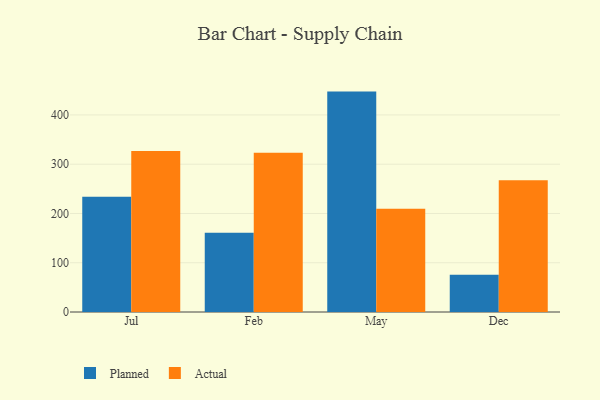
{"axis": {"x": "Month", "y": "Headcount"}, "legend": ["Actual", "Planned"], "data": [{"x": "Jul", "y": 234.2, "type": "Planned"}, {"x": "Jul", "y": 326.8, "type": "Actual"}, {"x": "Feb", "y": 161.0, "type": "Planned"}, {"x": "Feb", "y": 323.5, "type": "Actual"}, {"x": "May", "y": 447.4, "type": "Planned"}, {"x": "May", "y": 209.6, "type": "Actual"}, {"x": "Dec", "y": 75.5, "type": "Planned"}, {"x": "Dec", "y": 267.6, "type": "Actual"}]}